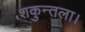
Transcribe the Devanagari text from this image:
शकुन्तला।